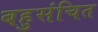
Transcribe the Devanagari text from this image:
बहुसंचित